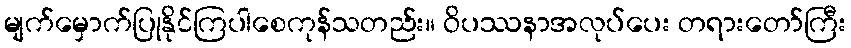
မျက်မှောက်ပြုနိုင်ကြပါစေကုန်သတည်း။ ဝိပဿနာအလုပ်ပေး တရားတော်ကြီး